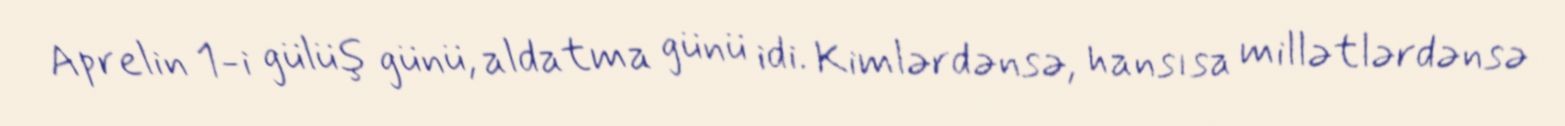
Aprelin 1-i gülüş günü, aldatma günü idi. Kimlərdənsə, hansısa millətlərdənsə